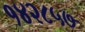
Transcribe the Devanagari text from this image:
१४२८५७